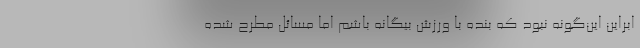
ابراین این‌گونه نبود که بنده با ورزش بیگانه باشم اما مسائل مطرح شده